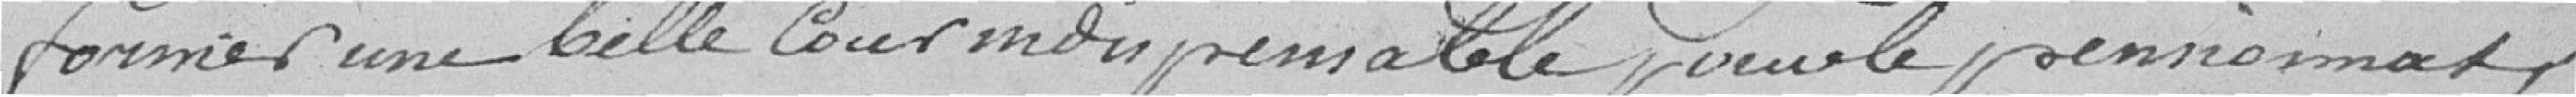
former une belle cour indispensable pour le pensionnat,